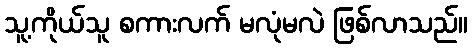
သူ့ကိုယ်သူ စကားလက် မလုံမလဲ ဖြစ်လာသည်။